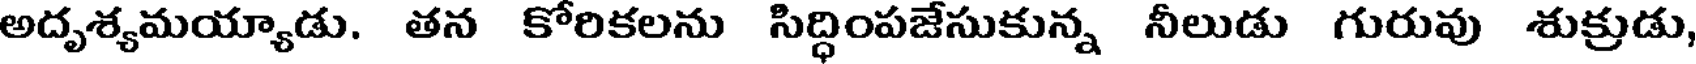
అదృశ్యమయ్యాడు. తన కోరికలను సిద్ధింపజేసుకున్న నీలుడు గురువు శుక్రుడు,